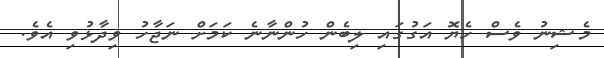
މެޝިނު ވެސް ހެޔޮ އަގުގައި ލިބެން ހުންނާނެ ކަމަށް ނަޖާހު ވިދާޅުވި އެވެ.